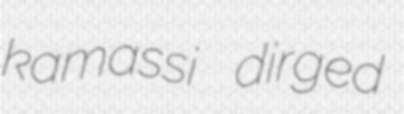
kamassi dirged